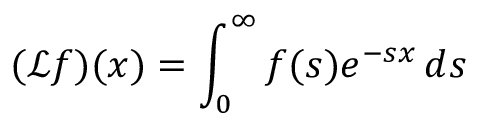
( { \mathcal { L } } f ) ( x ) = \int _ { 0 } ^ { \infty } f ( s ) e ^ { - s x } \, d s